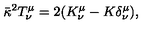
{ \bar { \kappa } } ^ { 2 } T _ { \nu } ^ { \mu } = 2 ( K _ { \nu } ^ { \mu } - K \delta _ { \nu } ^ { \mu } ) ,